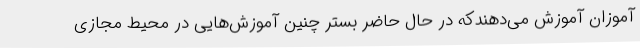
آموزان آموزش می‌دهندکه در حال حاضر بستر چنین آموزش‌هایی در محیط مجازی